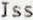
ISS